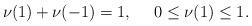
LaTeX: \begin{align*} \nu(1)+\nu(-1)=1, \ \ \ \ 0\leq\nu(1)\leq1.\end{align*}